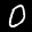
Label: 0